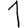
Digit: 1